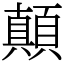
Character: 顛